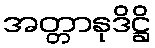
အတ္တာနုဒိဋ္ဌိ